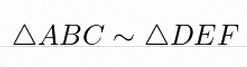
\triangle ABC\sim\triangle DEF